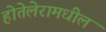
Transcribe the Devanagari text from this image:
होतेलेरामधील